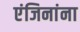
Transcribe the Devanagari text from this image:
एंजिनांना